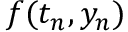
f ( t _ { n } , y _ { n } )